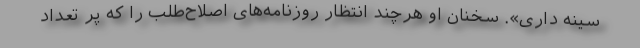
سینه داری». سخنان او هرچند انتظار روزنامه‌های اصلاح‌طلب را که پر تعداد